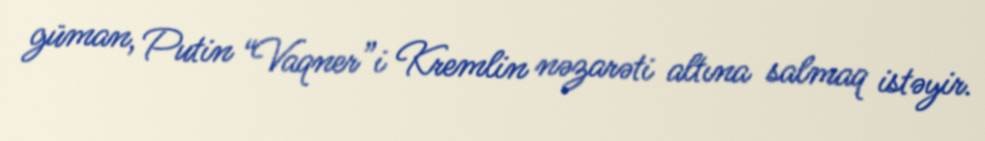
güman, Putin “Vaqner”i Kremlin nəzarəti altına salmaq istəyir.